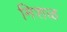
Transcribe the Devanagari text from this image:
मिशळ